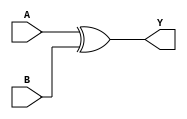
module xor_gate (
    input A,
    input B,
    output reg Y
);

always @ (A or B)
begin
    Y = A ^ B; // XOR operation
end

endmodule